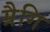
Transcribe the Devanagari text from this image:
ग्रैगि